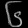
Digit: ၆